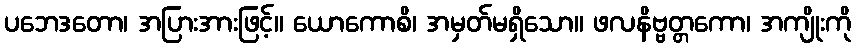
ပဘေဒတော၊ အပြားအားဖြင့်။ ယောကောစိ၊ အမှတ်မရှိသော။ ဖလနိဗ္ဗတ္တကော၊ အကျိုးကို